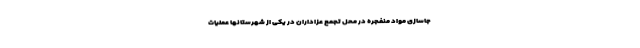
جاسازی مواد منفجره در محل تجمع عزاداران در یکی از شهرستانها عملیات